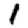
Digit: 1